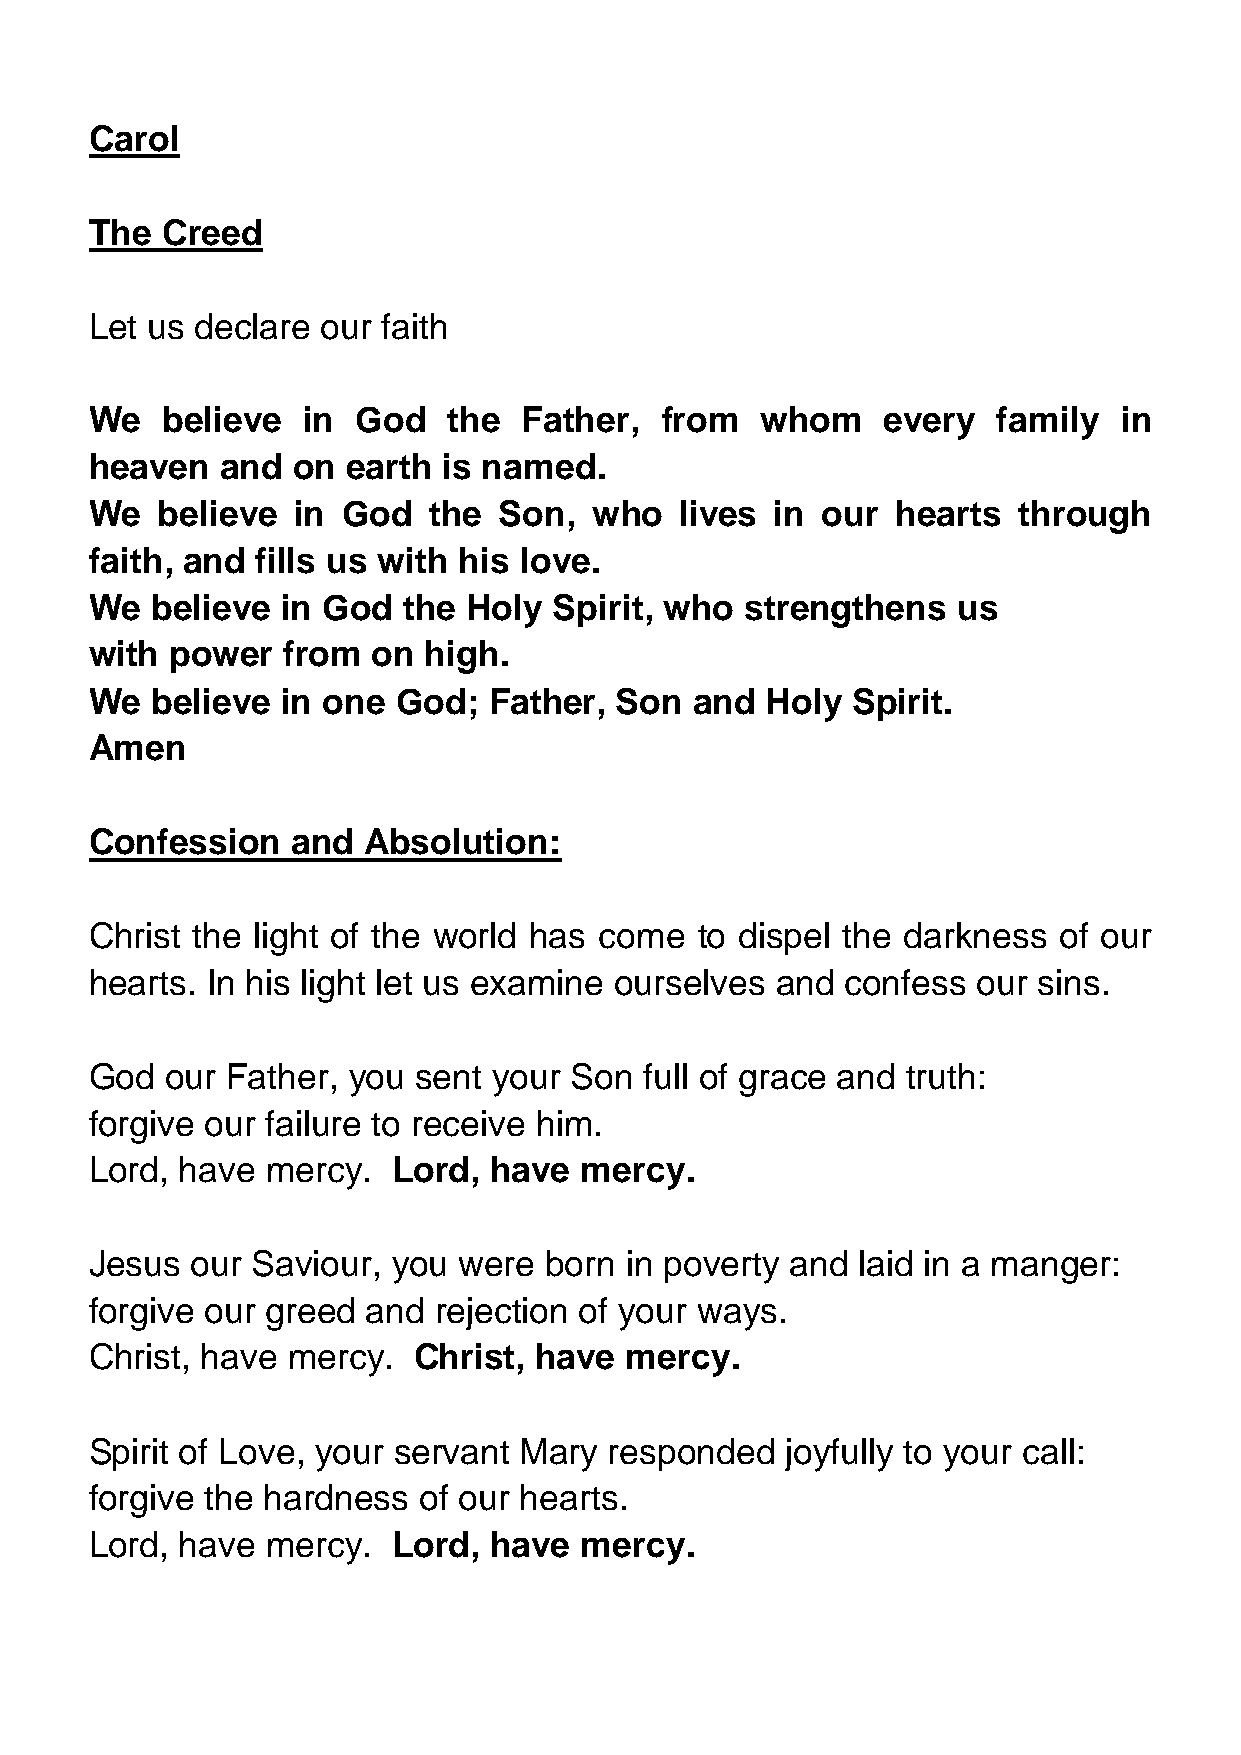
Carol
 The  Creed
 Let us declare our faith
 We   believe  in  God   the  Father,  from  whom     every  family  in
 heaven   and on  earth is named.
 We  believe  in  God  the  Son,  who   lives in our  hearts  through
 faith, and fills us with his love.
 We  believe  in God  the Holy  Spirit, who strengthens   us
 with power   from  on high.
 We  believe  in one God;  Father,  Son  and  Holy Spirit.
 Amen
 Confession   and  Absolution:
 Christ the light of the world has come  to dispel the darkness  of our
 hearts. In his light let us examine ourselves and confess  our sins.
 God  our Father, you  sent your Son  full of grace and truth:
 forgive our failure to receive him.
 Lord, have  mercy.  Lord, have  mercy.
 Jesus  our Saviour, you were  born in poverty and  laid in a manger:
 forgive our greed and  rejection of your ways.
 Christ, have mercy.  Christ, have  mercy.
 Spirit of Love, your servant Mary responded   joyfully to your call:
 forgive the hardness  of our hearts.
 Lord, have  mercy.  Lord, have  mercy.